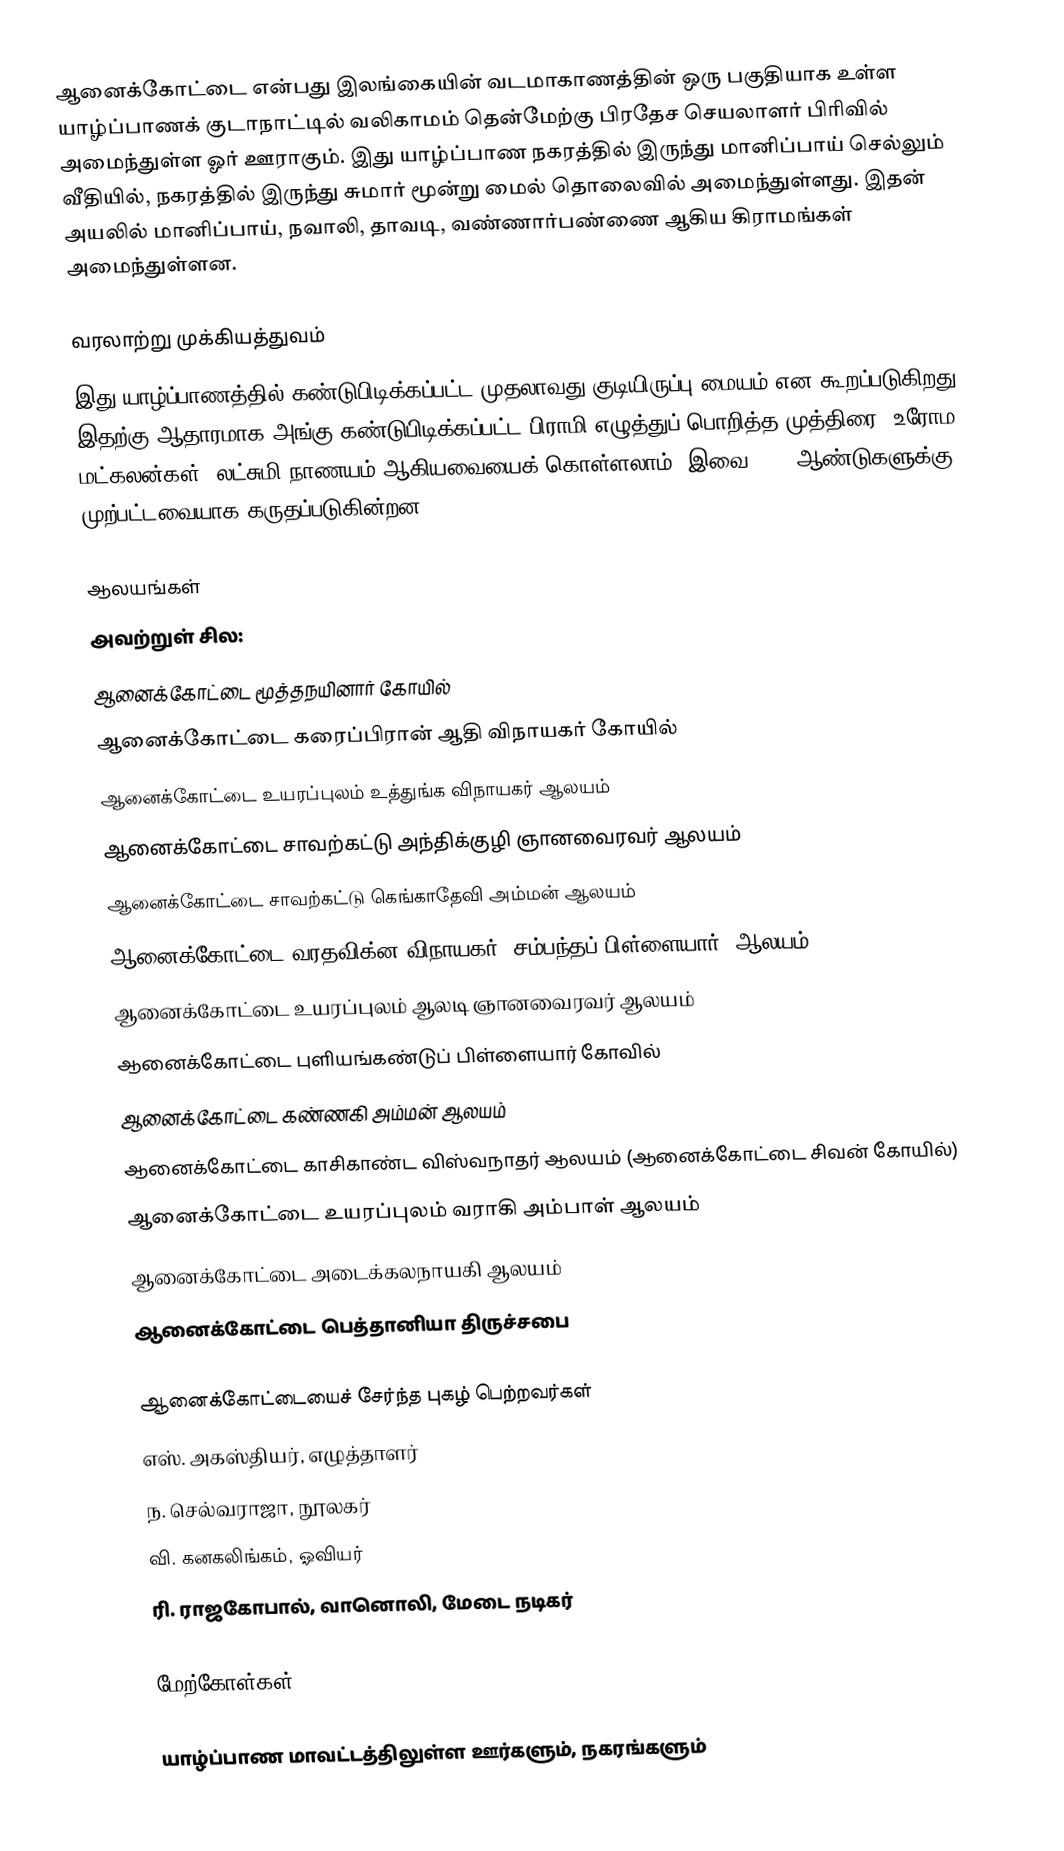
ஆனைக்கோட்டை என்பது இலங்கையின் வடமாகாணத்தின் ஒரு பகுதியாக உள்ள யாழ்ப்பாணக் குடாநாட்டில் வலிகாமம் தென்மேற்கு பிரதேச செயலாளர் பிரிவில் அமைந்துள்ள ஓர் ஊராகும். இது யாழ்ப்பாண நகரத்தில் இருந்து மானிப்பாய் செல்லும் வீதியில், நகரத்தில் இருந்து சுமார் மூன்று மைல் தொலைவில் அமைந்துள்ளது. இதன் அயலில் மானிப்பாய், நவாலி, தாவடி, வண்ணார்பண்ணை ஆகிய கிராமங்கள் அமைந்துள்ளன.

வரலாற்று முக்கியத்துவம்
இது யாழ்ப்பாணத்தில் கண்டுபிடிக்கப்பட்ட முதலாவது குடியிருப்பு மையம் என கூறப்படுகிறது. இதற்கு ஆதாரமாக அங்கு கண்டுபிடிக்கப்பட்ட பிராமி எழுத்துப் பொறித்த முத்திரை, உரோம மட்கலன்கள், லட்சுமி நாணயம் ஆகியவையைக் கொள்ளலாம். இவை 2300 ஆண்டுகளுக்கு முற்பட்டவையாக கருதப்படுகின்றன.

ஆலயங்கள்
அவற்றுள் சில:
 ஆனைக்கோட்டை மூத்தநயினார் கோயில்
 ஆனைக்கோட்டை கரைப்பிரான் ஆதி விநாயகர் கோயில்
 ஆனைக்கோட்டை உயரப்புலம் உத்துங்க விநாயகர் ஆலயம்
 ஆனைக்கோட்டை சாவற்கட்டு அந்திக்குழி ஞானவைரவர் ஆலயம்
 ஆனைக்கோட்டை சாவற்கட்டு கெங்காதேவி அம்மன் ஆலயம்
 ஆனைக்கோட்டை வரதவிக்ன விநாயகர் (சம்பந்தப் பிள்ளையார்) ஆலயம்
 ஆனைக்கோட்டை உயரப்புலம் ஆலடி ஞானவைரவர் ஆலயம்
 ஆனைக்கோட்டை புளியங்கண்டுப் பிள்ளையார் கோவில்
 ஆனைக்கோட்டை கண்ணகி அம்மன் ஆலயம்
 ஆனைக்கோட்டை காசிகாண்ட விஸ்வநாதர் ஆலயம் (ஆனைக்கோட்டை சிவன் கோயில்)
 ஆனைக்கோட்டை உயரப்புலம் வராகி அம்பாள் ஆலயம்
 ஆனைக்கோட்டை அடைக்கலநாயகி ஆலயம்
 ஆனைக்கோட்டை பெத்தானியா திருச்சபை

ஆனைக்கோட்டையைச் சேர்ந்த புகழ் பெற்றவர்கள்
எஸ். அகஸ்தியர், எழுத்தாளர்
ந. செல்வராஜா, நூலகர்
வி. கனகலிங்கம், ஓவியர்
ரி. ராஜகோபால், வானொலி, மேடை நடிகர்

மேற்கோள்கள்

யாழ்ப்பாண மாவட்டத்திலுள்ள ஊர்களும், நகரங்களும்